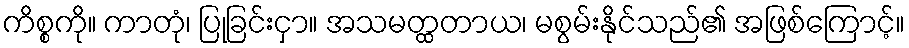
ကိစ္စကို။ ကာတုံ၊ ပြုခြင်းငှာ။ အသမတ္ထတာယ၊ မစွမ်းနိုင်သည်၏ အဖြစ်ကြောင့်။